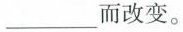
___而改变。